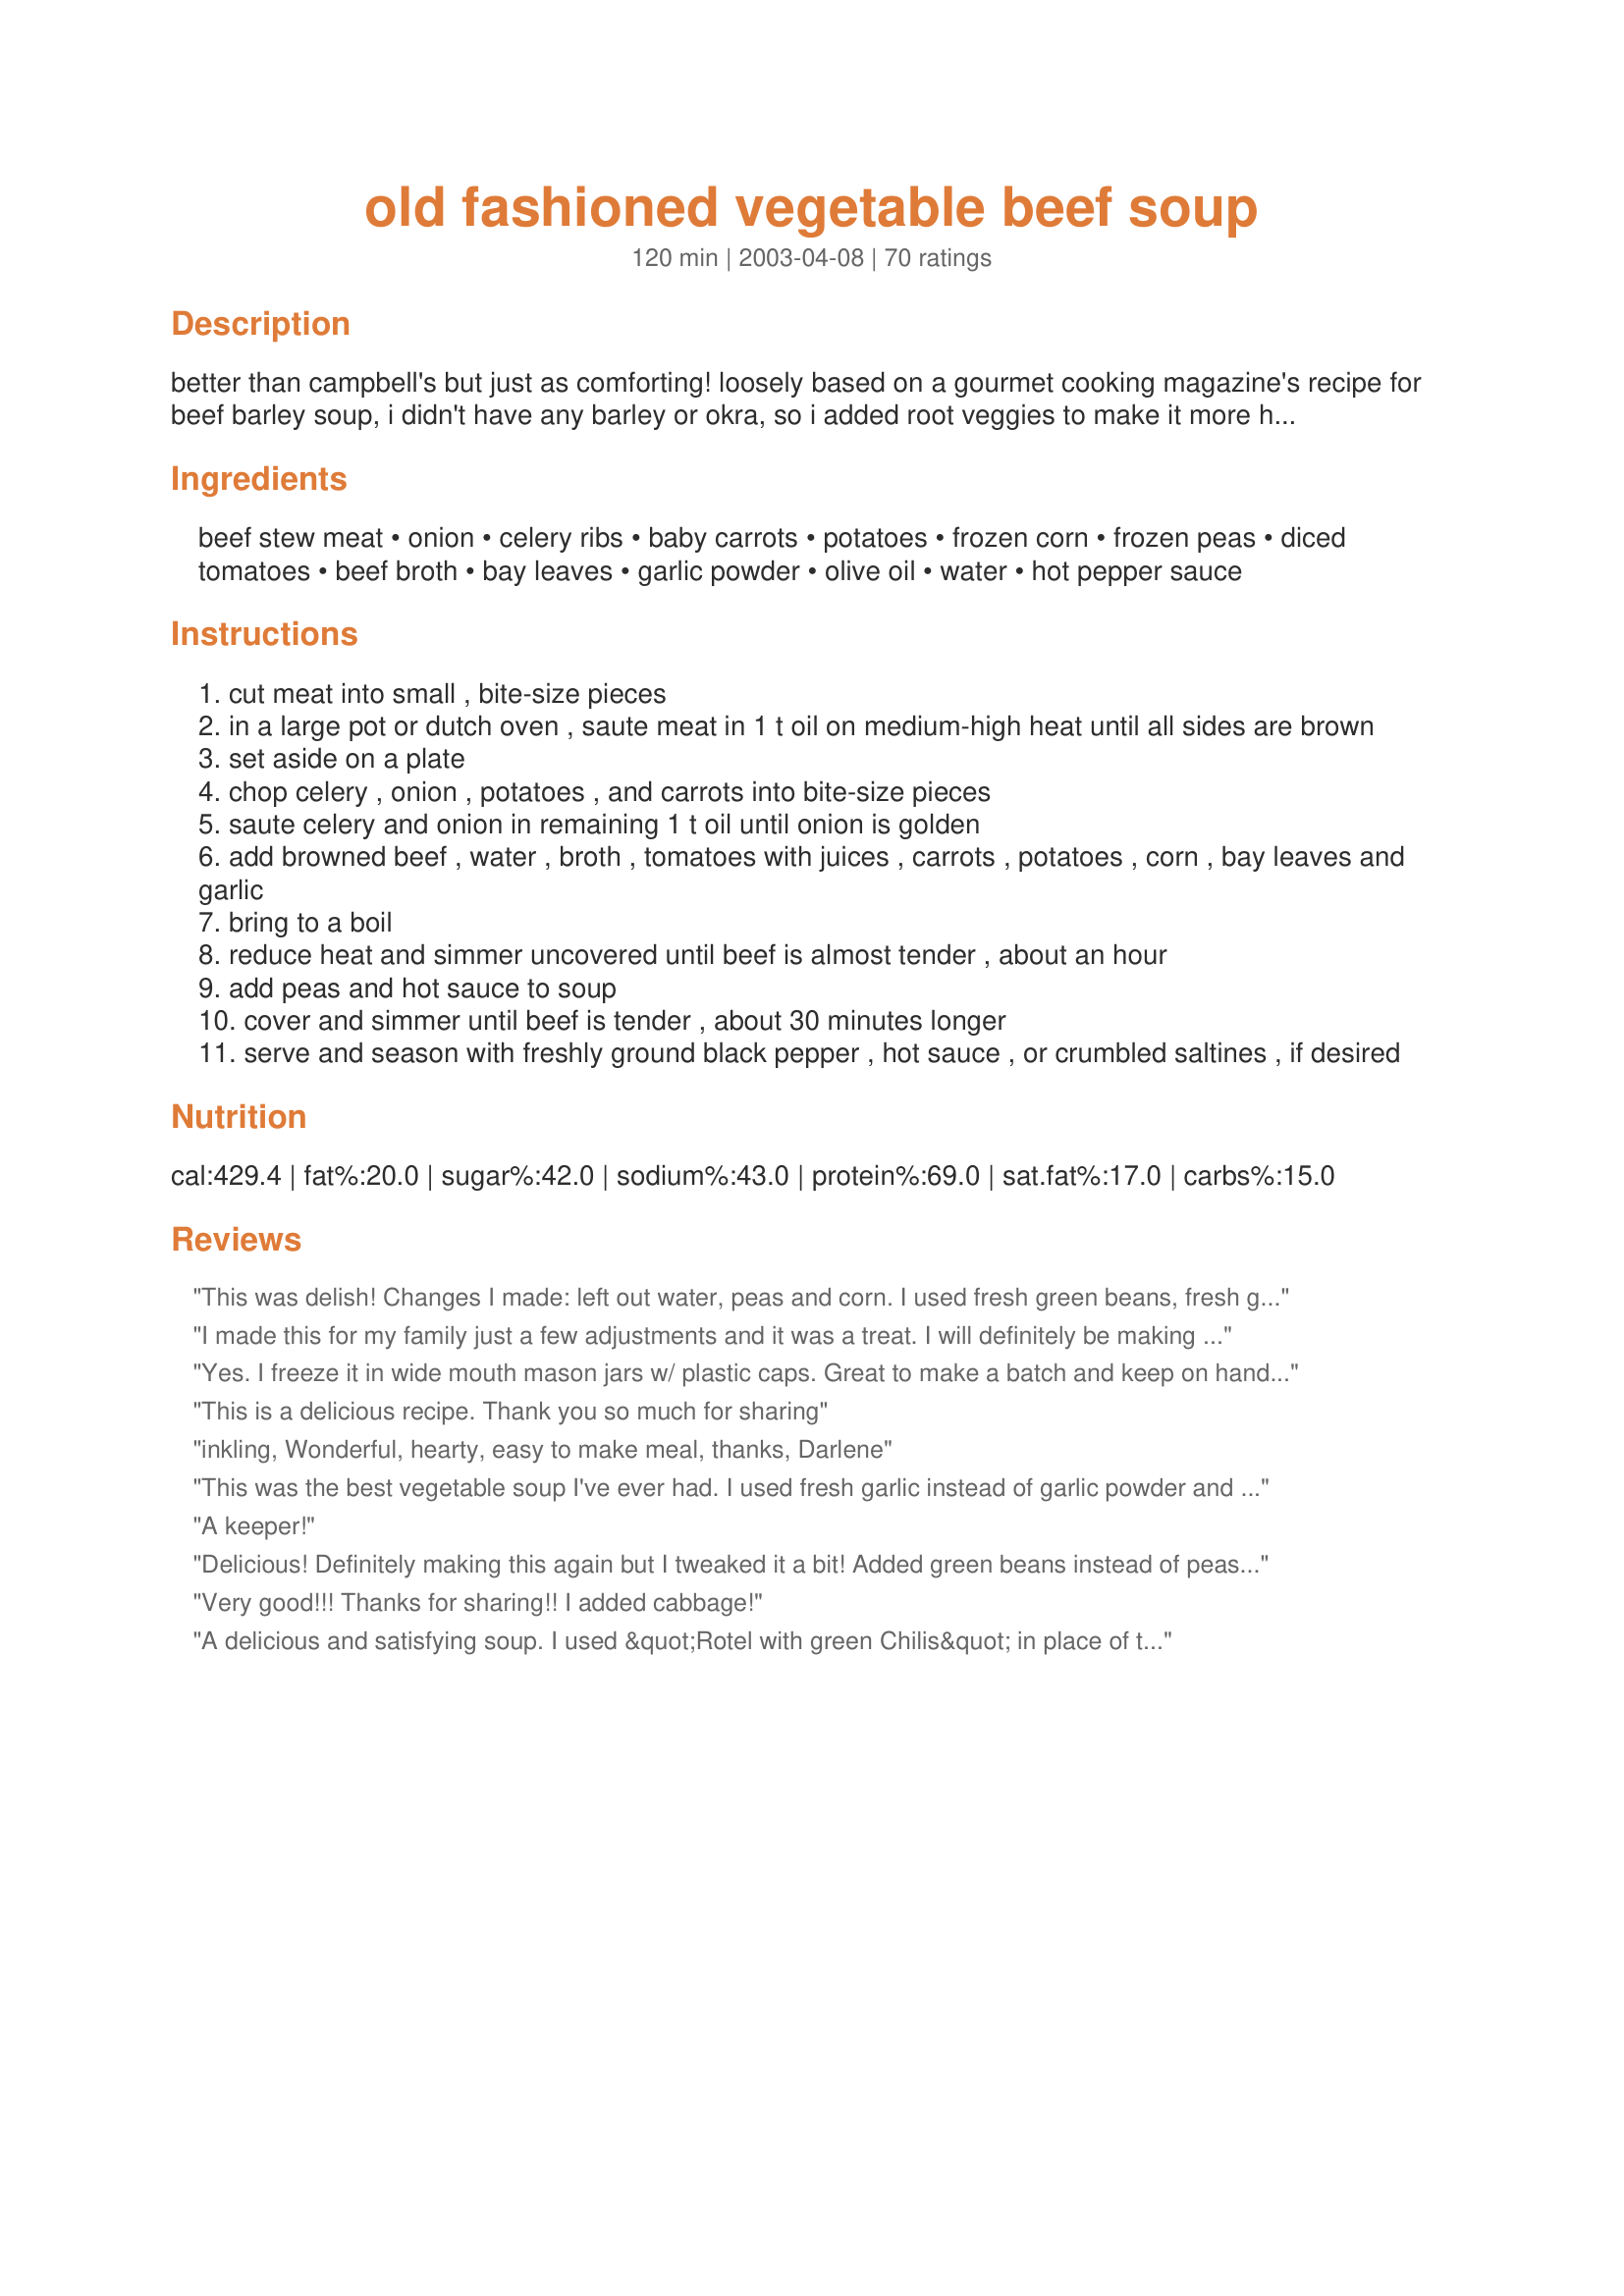
old fashioned vegetable beef soup
Preparation time: 120 minutes

better than campbell's but just as comforting! loosely based on a gourmet cooking magazine's recipe for beef barley soup, i didn't have any barley or okra, so i added root veggies to make it more hearty, like a rich broth with the chunkyness of stew. it turned out to be the best soup i've ever made! dh, stepson and baby girl kept coming back for more.

Ingredients:
beef stew meat, onion, celery ribs, baby carrots, potatoes, frozen corn, frozen peas, diced tomatoes, beef broth, bay leaves, garlic powder, olive oil, water, hot pepper sauce

Steps:
cut meat into small , bite-size pieces
in a large pot or dutch oven , saute meat in 1 t oil on medium-high heat until all sides are brown
set aside on a plate
chop celery , onion , potatoes , and carrots into bite-size pieces
saute celery and onion in remaining 1 t oil until onion is golden
add browned beef , water , broth , tomatoes with juices , carrots , potatoes , corn , bay leaves and garlic
bring to a boil
reduce heat and simmer uncovered until beef is almost tender , about an hour
add peas and hot sauce to soup
cover and simmer until beef is tender , about 30 minutes longer
serve and season with freshly ground black pepper , hot sauce , or crumbled saltines , if desired

Reviews:
This was delish! Changes I made: left out water, peas and corn. I used fresh green beans, fresh garlic, added 2 Tbs. dried parsley and 1/2 Tsp. dried thyme.
I made this for my family just a few adjustments and it was a treat. I will definitely be making this again so simple and better than any can soup!!
Yes. I freeze it in wide mouth mason jars w/ plastic caps. Great to make a batch and keep on hand for lunches.
This is a delicious recipe. Thank you so much for sharing
inkling, Wonderful, hearty, easy to make meal, thanks, Darlene
This was the best vegetable soup I've ever had. I used fresh garlic instead of garlic powder and tomato juice instead of water. My husband loved it. This recipe is a keeper.
A keeper!
Delicious! Definitely making this again but I tweaked it a bit! Added green beans instead of peas, added a little oregano, parsley and old bay seasoning too!
Very good!!! Thanks for sharing!! I added cabbage!
A delicious and satisfying soup. I used &quot;Rotel with green Chilis&quot; in place of the canned tomatoes. The heat was &#039;over the top&#039;!! I wont be doing that again...unless maybe 1/2 can Rotel and 1/2 can tomatoes, because we like the heat. Thanks for a heartwarming recipe, Literary Mom!
This was amazing! I wasn't going to put in the pepper sauce then changed my mind. Took a taste after adding and thought you ruined it! It was awful! Then I told myself you have to let it cook. So I did... it was awesome, definitely a keeper. 5 star plus 2 thumbs up!
I found this soup recipe sometime ago and made it for my wife. I call it my best friend’s soup. She loves it Maria. It is a great way to get a vitamin filled meal that stays with you. Thanks, Craig
This recipe has become a favorite of mine and others in my house. I have made over 10x in crock pot (slow cooker on high for 4-6hours then on low for another few) and tweaked a little. The best it ever tasted is when I added a small pinch of Thyme and 1 cup chicken broth.
Making for dinner on this cold evening in Lubbock, TX Pretty simple and smells great, reminds me of my MawMaws Beef Stew
My mom made the best beef soup, this recipe taste's just like my mom''s it is the best and so easy to make. I substituted 28 ounces of stewed tomatoes, used 4 cups of water and omitted the beef broth to make it lower in sodium.
Just received this recipe and yes I am going to make this this week. Getting chilly here in Wisconsin
Delicious comforting recipe! I absolutely love. Added elbow macaroni, with just carrots, peas and corn, and a dash of Worcestershire sauce. Absolutely amazing.
Taste just as expected. My family loved it. My 10yr old asked for seconds and then the next day ate it for lunch. So comforting and fulfilling definity making again.
I&#039;m really just starting out cooking and learning the basics. Never really tried a soup before. Thissssss soup, was soooooooooo good tho! I followed the recipe to a T, only adding an extra can of tomatoes and green beans, was perfect! The only thing was the celery wasn&#039;t cooked down enough for my prefence. Delicious!
Recipe as written is great. Also very flexible, almost anything you have on hand can be added or adjusted for taste.
Excellent soup!! I substituted V8 for the water and threw everything (still raw) in the crock pot. Cooked on slow for 8 hrs and turned out so yummy! My 12 yr old could not get enough! Thank you for the great recipe!
Very unsatisfied with this recipe taste too watery spent 5 hours making this not sure what&#039;s missing but it&#039;s not like my mom&#039;s old fashion soup
This soup actually annoyed me because it was so good. The simplicity of it made me kick myself for not coming up with it on my own. I used chicken broth, in place of beef broth and water, and I replaced the peas with barley. I think barley is a bit underused these days and it reminds me of my childhood and my mother. I used flour tortillas charred over a bare flame in place of crackers. Great meal.
I love soup and this was a very good recipe. I used fresh garlic, beef stock, low sodium v8 instead of water and no salt added stewed tomatoes. Loved the pepper sauce in this. Thanks for a great recipe!
I made this soup today. I substituted fajita steak for the stew meat and added bowtie noodles. The seasoned fajita meat gave it a great taste. Great recipe!
I don&#039;t know what went wrong. I followed this recipe to the tee. It has no flavor whatsoever. I was concerned about all the water that was called for in addition to the beef broth, but I followed the recipe anyway. The picture of the soup doesn&#039;t look anything to the watery mess I ended up with. I don&#039;t know what I can do to save this and avoid wasting a huge amount of food. Gross!!
I have made this 3 times now; each time using green beans instead of peas and celery salt instead of celery stalks - I also forgot the hot sauce each time. I only used the diced tomatoes this last time. I have to say I prefer without the diced tomatoes. But it is a dish my whole family enjoys and super easy to make. We get WAY more than 4 servings out of this; I would venture to say at least 8. I made it yesterday, even with being sick and not wanting to be up, much less standing in the kitchen making dinner. It's that easy! The first go round, I sent some to my new mother-in-law and she absolutely loved it. My husband said this is his kind of meal. HOME RUN! Thanks for sharing!
It is soooooo good!!! I added some salt &amp; pepper &amp; omitted the hot pepper sauce. Absolutely delicious!
Mmmmmm
This was my first time attempting to make a Vegetable Beef Soup, but this recipe made it so easy! And it was OMG delicious!! I omitted the hot pepper sauce for personal preference and added a half can of tomato sauce; I also added extra potato and some cabbage, and it came out wonderful! Thanks for this great
Yes, I Dound it more thoughtful than thoughtless
I love this soup! Made it a few times now and used v8 instead of water every time. Very comforting and delish, especially when you have the flu!
By golly, this is good soup!The pepper sauce adds a lot of zip. I used some left-over prime rib and left out the peas and potato (personal preference). Thanks for posting!!! Caroline
After reading the reviews and considering my personal preference, I decided to alter the recipe a wee bit. I used V8 juice instead of water ( I think that adding water to the recipe makes it a tad bit &quot;watery&quot; and it loses its consistency) and I also added an extra can of diced tomatoes. I seared the beef stew with olive oil, lemon pepper, and onion powder and proceeded to cook everything in a crockpot on high for 30 minutes and then turning it to low for about an hour and a half. The outcome was amazing so I gave it 5 stars because it is simple enough for anyone to make and the ingredients are spot on... Thank you for a thoughtless recipe for soup on this cold snowy day!
OMG!! This was the first time I've attempted to make Vegetable Beef soup so I was a bit intimidated. This was so easy and so delicious! I modified it a bit because I was lacking a few ingredients but it still came out wonderful. The recipe made quite a bit; so I had leftovers and boy was I glad. It was even better the next day. I would completely recommend this recipe especially for the first timer soup maker. Delish!!
Absolutely to die for! I doubled this recipe for my man-sized eaters and it was fabulous! I used left over prime rib meat and bones instead of stew meat. I also used hot sauce with lime in it because that&#039;s all I had. I slipped in a sweet potato (peeled) along with a regular (unpeeled) potato. I omitted the celery and put in some cabbage. It was excellent!! My family loved it!
I made this exact soup and it was delicious! I tweaked it just a bit - I used chicken broth, started with a can of tomato soup, used diced chicken instead of beef, added a ton of Siracha sauce, added red peppers, diced garlic instead of powder, added grilled tomatillos, added black beans instead of peas, added some butter and heavy cream, plus a a few rusty nails! Was delicious! Thanks for posting this soup recipe!
Made this today and loved it. omitted the hot sauce and added a bit more of broth. delish. ty.
Finally! I found the recipe i&#039;ve been looking for. Two small changes when i made it; used fresh garlic and instead of water used 4 cups v8 juice. SO GOOD. THANKS!
This is a great vegetable beef soup. I really liked the little touch of spice from the hot sauce. I did add a pint of canned green beans. Thanks for the keeper.
I've been looking for a good vegetable beef soup. It's always been one of my favorites since I was a child and ate Campbell's VB. I made it according to the directions, omitting the hot sauce originally. Then I got the idea to add barley so I took out all the potatoes and added the barley. I liked that even better. This soup was probably a 4 on the first day - but the second day - Oh, man. It was a 5 for sure. I'll be making this again.
this recipe is just ok. i omitted the hot sauce which is very un-needed.. in place of the peas i added roughly chopped baby spinach leaves, barley, and i added homemade tortellini. was amazing. this recipe has quite a few flaws but it&#039;s a good starting point..
Delicious! I used ground beef and browned the celery, onions and fresh garlic (instead of powder) before adding to everything else. I made a huge pot for 40 and a few even said it was the best vegetable beef soup they've ever had!
Very good soup recipe! Very easy to put together and soooooooo tasty. Love it and this is a definite do over. Thanks so much for sharing!!!
I used low sodium V-8 Juice instead of water. I also use powder meat tenderizer. I prefer green beans over peas too. It was perfect! Reminds me of home made soup Mom used to make! Thanks for your help.
Cannot believe this Soup Recipe was so easy and Soo Good !!! Have tried before, but never can make good Broth, this Broth is Wonderful !!!! Being from the South, had to add a bit of Okra ... Thanks for the Recipe. S. Harper
Wow! This was wonderful! It's so tasty and yet easy to make. I left the hot pepper sauce out for dietary reasons, but it was still great. I'll be making this again throughout the winter. Thanks, Inkling, for this recipe.
This was tasty, most of the family liked. The kids not so much, but you know how kids can be about veggies. Served with rolls, some family members put the rolls in the bowl before serving the soup. We added a cup of frozen beans also.
This soup is FANTASTIC! I used V8 juice instead of water.
I've made this before, I didn't have any canned diced tomatoes , so I use 1 can of tomato paste, and cubed up a fresh tomato,also didn't have any hot sauce , so i use siracha ,came out magically delicious
My husband really likes vegetable soup and stew, but I don&#039;t. I&#039;ve tried many different recipes over the years, but have never found one I&#039;ve been willing to make again...until now. I have made this soup twice in two weeks! I mostly followed the directions, but after reading the reviews I did make a couple of alterations. I used fresh garlic in place of the garlic powder, V8 in place of the water, and added a cup of frozen green beans. Thanks for a recipe that my entire family loves!
I love soup and excited too try this recipe
This was my first ever attempt at homemade Beef Vegetable soup and it was delicious!! Absolutely full of flavour and good stuff! The beef was tender, the vegetables lovely and soft and the broth was packed with flavour too. There&#039;s nothing more comforting than a bowl of homemade soup and this is my new favourite!
It was gooood a little spice that i was not use to,left a soup taste that's out of this wourld,i'll make the old fashion soup again,Thanks.
Smells delish so far....I grilled a 2&quot; thick top sirloin to an internal temp of 125 and cut it into bite size pieces. Then I seared it in a cast iron skillet and followed the directions from there. Was absolutely delicious.
Easy recipe &amp; was so good!
First time making vegetable beef soup. Used 1 1/2 lbs beef tips and added green beans.&lt;br/&gt;I also simmered for five hours the flavor was amazing
I chose this recipe because my neighbor wanted a beef based soup and we were making her a meal! It seemed like an awful lot of water, so I left it out. When I tried it after 1.5 hrs on the stove, it was pretty bland, so I added a little salt, ground pepper and dried basil. After another hour the meat was tender and the flavor was excellent. We all enjoyed it, as did the friends we shared it with! Doubling this recipe made a large pot of soup (and that was without 8 cups of water!)
Excellent. I added V8 juice instead of the water. I also used left over prime rib instead of cooking up some beef. I added barley, potato gnocci, parslety and some Italian seasoning and it was delicious.
Wonderful soup! Thank you!
I am kinda embarrassed, you see I followed the recipe as it is written. Didn't use V8 instead of water and I used celery stalks didn't change a thing. It turned out great! Thanks for the recipe
I fixed this soup last nite for dinner for the worlds 2 pickiest grand children, 8 and 9, and it went over very well. One didn't like the tomatoes, but loved the potatoes, additional veggies and meat, and the other loved it all. I did a few adjustments on the veggies. I added broccoli, green beans, left out the peas, and added cauliflower. It turned out much better than I thought and the adults loved it and want it again. So, thank you, I appreciate you sharing. Cheryl
Amazing recipe and super easy to make. Honestly this is going to be my go soup. Thank you!
This soup turned out so well. I followed the recipe exactly, but I made my own beef broth from some leftover bones I froze, using this recipe https://www.tasteofhome.com/recipes/homemade-beef-broth
Just made this but we also tweaked it. My husband had a vegetable soup that was sweet so we added little brown sugar to our bowls of soup. It was great.
I made a pot of Old-Fashioned Vegetable soup tonight using most of this recipe. I'm not sure what the 2 bay leaves added would taste like? I didn't have any ?? I don't care for corn or peas in any soup, so I put in green beans. My husband likes things on the hotter side - So - I kicked it up. Extra shakes of hot sauce *ok alot* I didn't realize the can of Rotel I was going to put in was the Extra Hot. Luckily I tested it before adding only 2 TBS. I put some shakes of Worsteshire sauce &amp; a bit of Merlot. I let it simmer for a few hours &amp; served it over cooked egg noodles. YUMMY ????
This was quite tasty and super easy to make, plus I had all the ingredients on hand. Thank you for sharing!
Fabulous.....added celery as well great taste.....had a good ol peanut butter and jelly sandwich with my soup all that I can say is mmmm mmmm good!
So delicious on this cold, snowy day! I , too had to change up the recipe a bit. I had decided to make a bigger pot of soup so when I realized I only had 2 cans of tomatoes I substituted a 10 oz. can of Rotel for the 3rd can of tomatoes the 6-8 servings recipe called for and omitted the hot sauce. Also, our family prefers green beans over peas so I substituted 1 1/2 cup of those. I added a little bit of salt to taste, and mmm-mmm-GREAT!
Thanks for a wonderful Vegetable Beef Soup recipe ~ I doubt I'll ever use another.
Enjoyed this soup for a fall weekend! Made some substitutions based on what was on hand. Used turkey sausage instead of beef and fresh green beans vs. peas. Also reduced water to 3/4 cup water vs. what's in recipe. Spiced it up with Cajun seasoning and hot sauce to taste. Really good!
